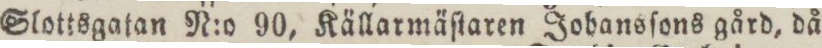
Slottsgatan N:o 90, Källarmäſtaren Johansſons gård, då